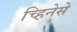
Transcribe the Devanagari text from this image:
च्हिनेसे